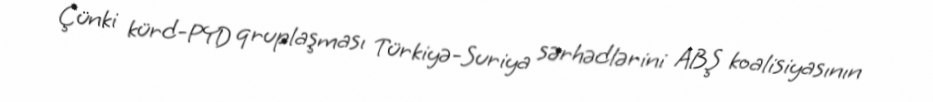
Çünki kürd-PYD qruplaşması Türkiyə-Suriya sərhədlərini ABŞ koalisiyasının